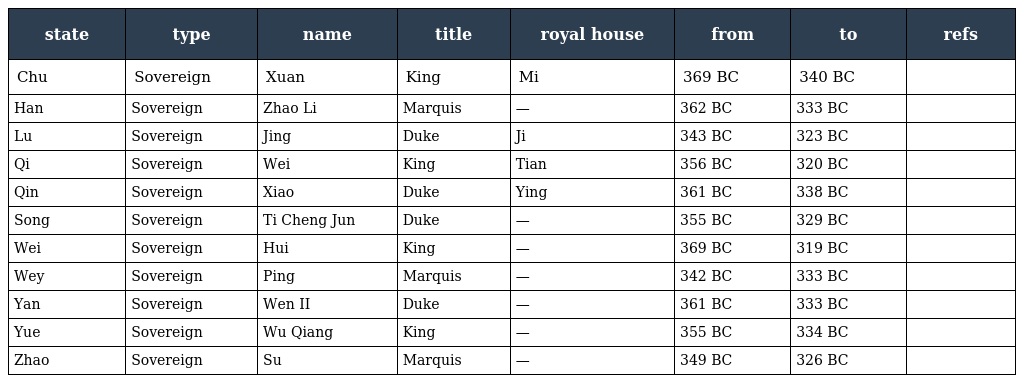
| state | type | name | title | royal house | from | to | refs |
 | --- | --- | --- | --- | --- | --- | --- | --- |
 | Chu | Sovereign | Xuan | King | Mi | 369 BC | 340 BC |  |
 | Han | Sovereign | Zhao Li | Marquis | — | 362 BC | 333 BC |  |
 | Lu | Sovereign | Jing | Duke | Ji | 343 BC | 323 BC |  |
 | Qi | Sovereign | Wei | King | Tian | 356 BC | 320 BC |  |
 | Qin | Sovereign | Xiao | Duke | Ying | 361 BC | 338 BC |  |
 | Song | Sovereign | Ti Cheng Jun | Duke | — | 355 BC | 329 BC |  |
 | Wei | Sovereign | Hui | King | — | 369 BC | 319 BC |  |
 | Wey | Sovereign | Ping | Marquis | — | 342 BC | 333 BC |  |
 | Yan | Sovereign | Wen II | Duke | — | 361 BC | 333 BC |  |
 | Yue | Sovereign | Wu Qiang | King | — | 355 BC | 334 BC |  |
 | Zhao | Sovereign | Su | Marquis | — | 349 BC | 326 BC |  |